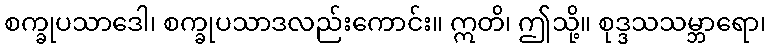
စက္ခုပသာဒေါ၊ စက္ခုပသာဒလည်းကောင်း။ ဣတိ၊ ဤသို့။ စုဒ္ဒသသမ္ဘာရော၊